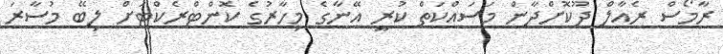
ރާމޯސް ރެއާލް ދޫކޮށްދާން މަސައްކަތް ކުރީ އޭނާގެ މިހާރުގެ ކޮންޓްރެކްޓަށް ލިބޭ މުސާރަ